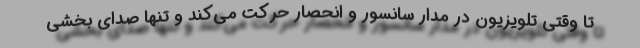
تا وقتی تلویزیون در مدار سانسور و انحصار حرکت می‌کند و تنها صدای بخشی